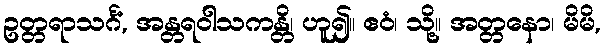
ဥတ္တရာသင်္ဂံ, အန္တရဝါသကန္တိ၊ ဟူ၍။ ဧဝံ၊ သို့။ အတ္တနော၊ မိမိ,